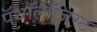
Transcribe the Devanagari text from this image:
पॅथॉलॉजिस्ट